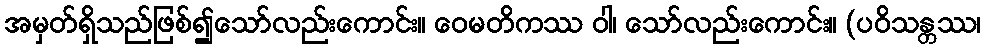
အမှတ်ရှိသည်ဖြစ်၍သော်လည်းကောင်း။ ဝေမတိကဿ ဝါ၊ သော်လည်းကောင်း။ (ပဝိသန္တဿ၊